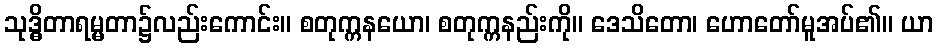
သုဒ္ဓိတာရမ္မတာ၌လည်းကောင်း။ စတုက္ကနယော၊ စတုက္ကနည်းကို။ ဒေသိတော၊ ဟောတော်မူအပ်၏။ ယာ